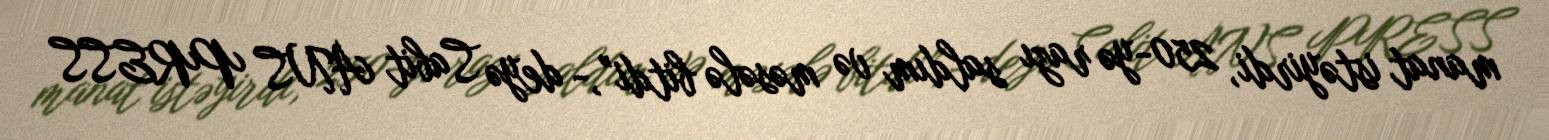
manat istəyirdi, 250-yə razı saldım və məsələ bitdi”,- deyə Sabit ANS PRESS